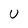
Character: U